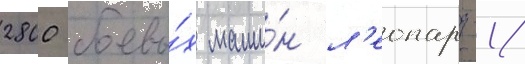
2800 боевы́х маши́н л'еопард-1/